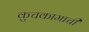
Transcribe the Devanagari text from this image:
कुचकामाची